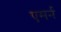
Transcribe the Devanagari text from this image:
एमर्न